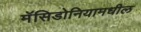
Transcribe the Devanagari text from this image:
मॅसिडोनियामधील